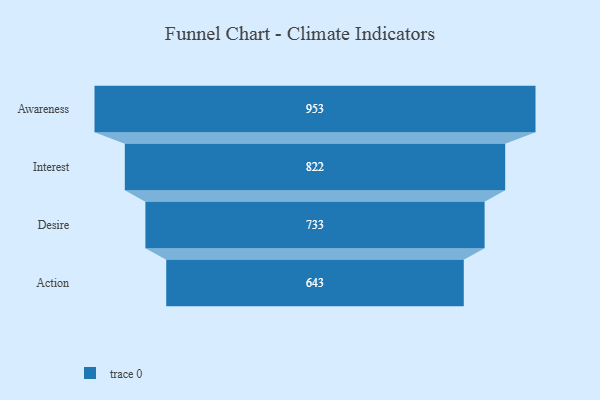
{"axis": {"x": "Stage", "y": "Value"}, "legend": [""], "data": [{"x": "Awareness", "y": 953.0, "type": ""}, {"x": "Interest", "y": 822.0, "type": ""}, {"x": "Desire", "y": 733.0, "type": ""}, {"x": "Action", "y": 643.0, "type": ""}]}